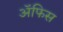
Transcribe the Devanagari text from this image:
ॲफिस